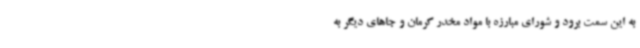
به این سمت برود و شورای مبارزه با مواد مخدر کرمان و جاهای دیگر به